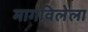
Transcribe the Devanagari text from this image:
मागविलेला